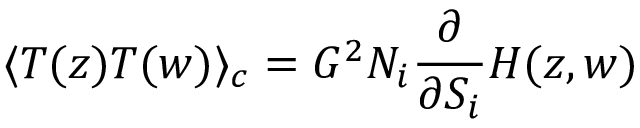
\langle T ( z ) T ( w ) \rangle _ { c } = G ^ { 2 } N _ { i } \frac { \partial } { \partial S _ { i } } H ( z , w )